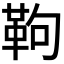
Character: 𩉿